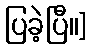
ပြခဲ့ပြီ။]